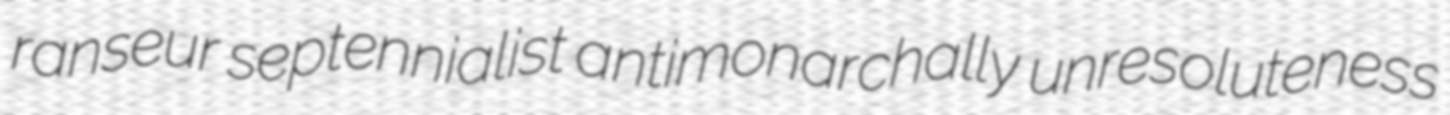
ranseur septennialist antimonarchally unresoluteness